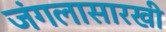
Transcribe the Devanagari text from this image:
जंगलासारखी